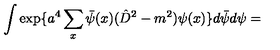
\int \exp \{ a ^ { 4 } \sum _ { x } \bar { \psi } ( x ) ( \hat { D } ^ { 2 } - m ^ { 2 } ) \psi ( x ) \} d \bar { \psi } d \psi =